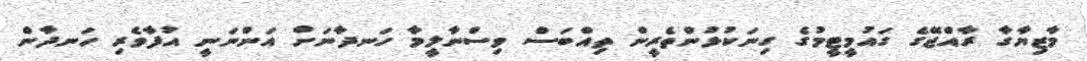
މާޒިޔާގާ ރާއްޖޭގެ ގައުމީޓީމުގެ ގިނަކުޅުންތެރީން ތިއްބަސް ވިސްނާލީމާ ހަނދާނަށް އަންނަނީ އުފާވެރި ހަނދާން